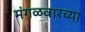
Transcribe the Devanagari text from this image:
मंगळवारच्या